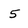
Character: 5